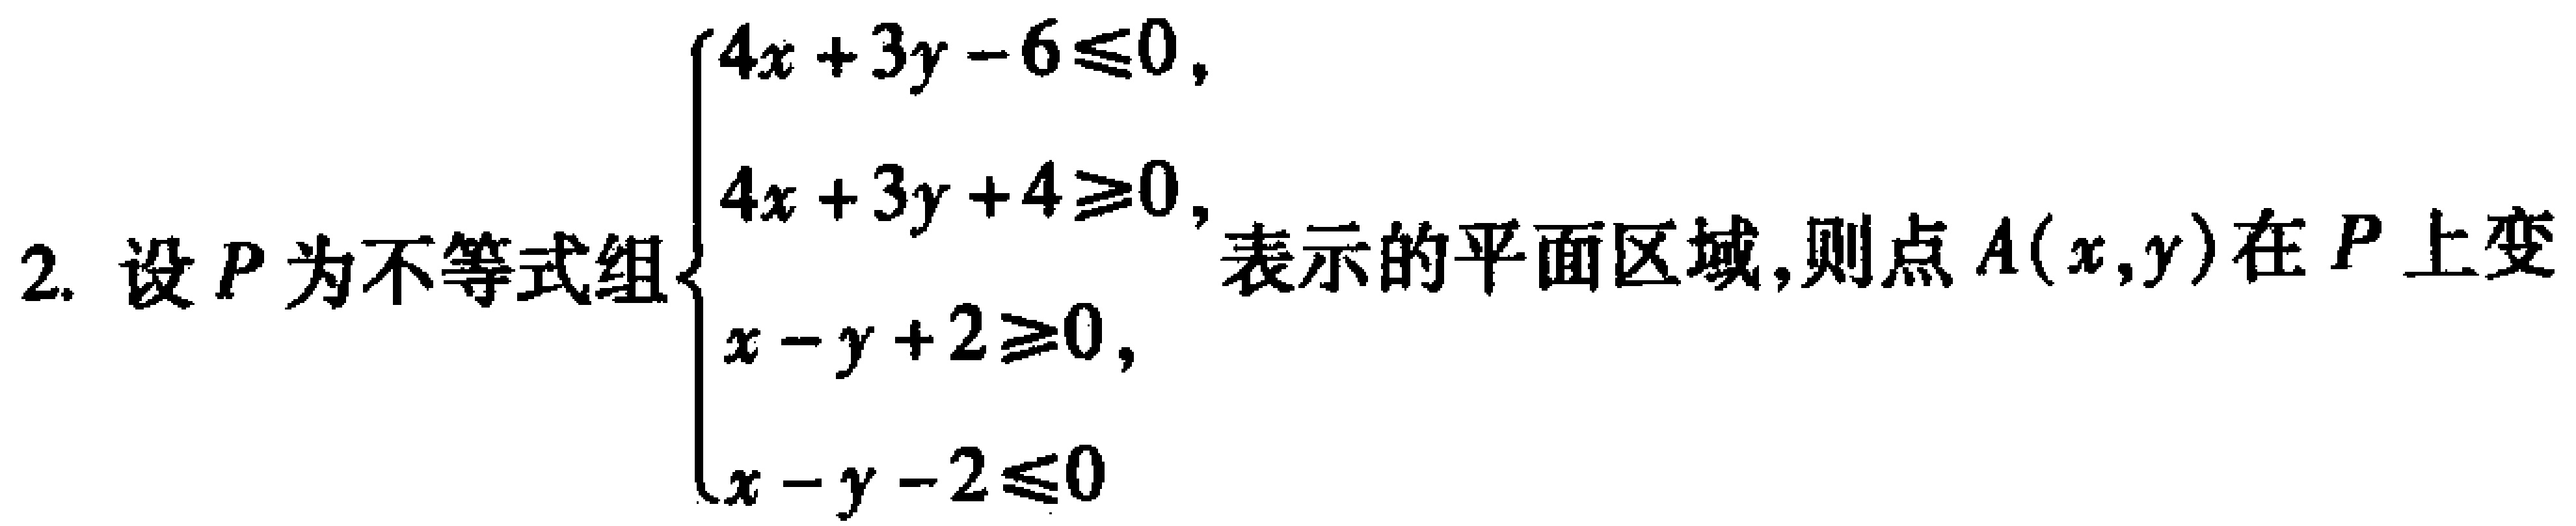
设\(P\)为不等式组\(\begin{cases}4x + 3y - 6\leqslant0, \\4x + 3y + 4\geqslant0, \\x - y + 2\geqslant0, \\x - y - 2\leqslant0\end{cases}\)表示的平面区域,则点\(A(x,y)\)在\(P\)上变